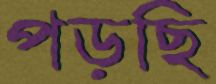
পড়ছি